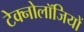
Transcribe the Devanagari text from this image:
टेक्नोलॉजियों